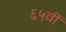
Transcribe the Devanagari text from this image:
६५वीं